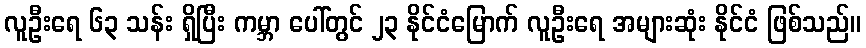
လူဦးရေ ၆၃ သန်း ရှိပြီး ကမ္ဘာ ပေါ်တွင် ၂၃ နိုင်ငံမြောက် လူဦးရေ အများဆုံး နိုင်ငံ ဖြစ်သည်။